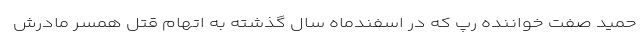
حمید صفت خواننده رپ که در اسفندماه سال گذشته به اتهام قتل همسر مادرش